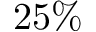
2 5 \%